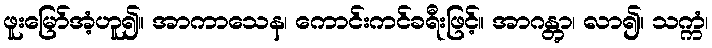
ဖူးမြော်အံ့ဟူ၍။ အာကာသေန၊ ကောင်းကင်ခရီးဖြင့်။ အာဂန္တွာ၊ လာ၍။ သက္ကံ၊